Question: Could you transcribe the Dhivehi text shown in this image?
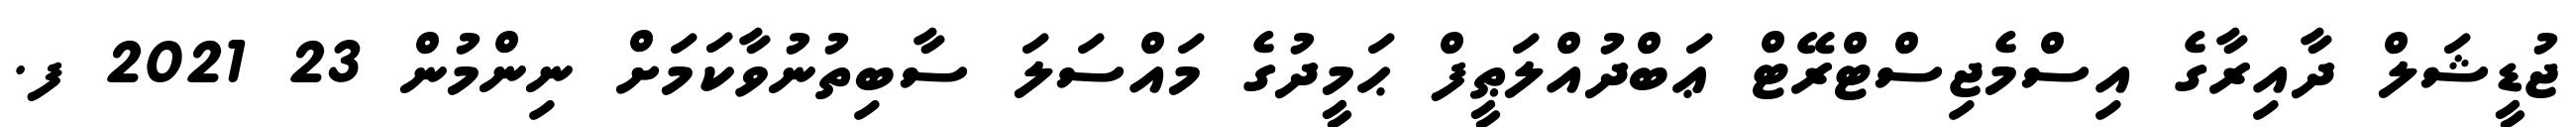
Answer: ޖުޑީޝަލް ދާއިރާގެ އިސްމެޖިސްޓްރޭޓް ޢަބްދުއްލަޠީފް ޙަމީދުގެ މައްސަލަ ސާބިތުނުވާކަމަށް ނިންމުން 23 2021 ފ.